Note on the mental hospitals in Burma - 1925-1940
Year: 1925
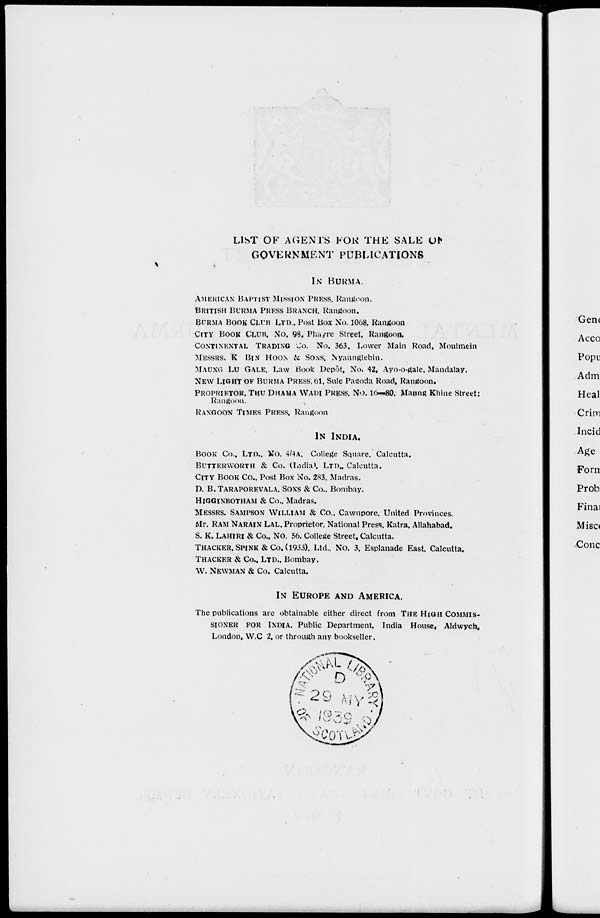
LIST OF AGENTS FOR THE SALE OF
GOVERNMENT PUBLICATIONS
IN BURMA.
AMERICAN BAPTIST MISSION PRESS. Rangoon.
BRITISH BURMA PRESS BRANCH, Rangoon.
BURMA BOOK CLUB LTD., Post Box No. 1068, Rangoon
CITY BOOK CLUB, No. 98, Phayre Street, Rangoon.
CONTINENTAL TRADING Co., No. 363, Lower Main Road, Moulmein
MESSRS. K BIN HOON & SONS, Nyaimglebin.
MAUNG LU GALE. Law Book Depôt, No. 42, Ayo-o-gale, Mandalay.
NEW LIGHT OF BURMA PRESS, 61, Sule Pagoda Road, Rangoon.
PROPRIETOR, THU DHAMA WADI PRESS. No. 16—80, Maung Khine Street;
Rangoon.
RANGOON TIMES PRESS, Rangoon
IN INDIA.
BOOK Co., LTD., No. 4/4A. College Square, Calcutta.
BUTTERWORTH & Co. (India), LTD., Calcutta.
CITY BOOK Co., Post Box No. 283. Madras.
D. B. TARAPOREVALA, SONS & Co., Bombay.
HIGGINBOTHAM & Co., Madras.
MESSRS. SAMPSON WILLIAM & Co., Cawnpore. United Provinces.
Mr. RAM NARAIN LAL, Proprietor, National Press, Katra, Allahabad.
S. K. LAHIRI & Co., No. 56. College Street, Calcutta.
THACKER. SPINK & Co. (1933), Ltd., No. 3, Esplanade East, Calcutta.
THACKER & Co., LTD., Bombay.
W. NEWMAN & Co. Calcutta.
IN EUROPE AND AMERICA.
The publications are obtainable either direct from THE HIGH COMISS-
------ FOR INDIA. Public Department, India House, Aldwych,
London, W.C 2, or through any bookseller.